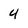
Character: 4